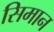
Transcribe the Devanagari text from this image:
सिमान